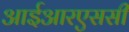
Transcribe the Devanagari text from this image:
आईआरएससी